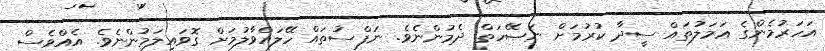
އަހަރުމެންގެ ޢަމަލުތައް ސީދާ ކުރުމަށް ނަޞޭހަތް ދެމުންނެވެ. ނަފްސުތައް ހޭލައްވާލުމަށް ގޮވައިލަމުންނެވެ. އެއްވެސް